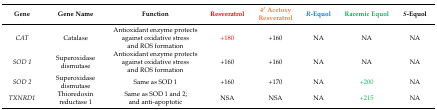
<table><thead><tr><td><b>Gene</b></td><td><b>Gene Name</b></td><td><b>Function</b></td><td><b>Resveratrol</b></td><td><b>4′ Acetoxy Resveratrol</b></td><td><b><i>R</i>-Equol</b></td><td><b>Racemic Equol</b></td><td><b><i>S</i>-Equol</b></td></tr></thead><tbody><tr><td><i>CAT</i></td><td>Catalase</td><td>Antioxidant enzyme protects against oxidative stress and ROS formation</td><td>+180</td><td>+160</td><td>NA</td><td>NA</td><td>NA</td></tr><tr><td><i>SOD 1</i></td><td>Superoxidase dismutase</td><td>Antioxidant enzyme protects against oxidative stress and ROS formation</td><td>+160</td><td>+160</td><td>NA</td><td>NA</td><td>NA</td></tr><tr><td><i>SOD 2</i></td><td>Superoxidase dismutase</td><td>Same as SOD 1</td><td>+160</td><td>+170</td><td>NA</td><td>+200</td><td>NA</td></tr><tr><td><i>TXNRD1</i></td><td>Thioredoxin reductase 1</td><td>Same as SOD 1 and 2; and anti-apoptotic</td><td>NSA</td><td>NSA</td><td>NA</td><td>+215</td><td>NA</td></tr></tbody></table>